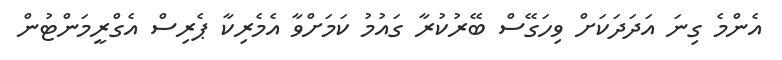
އެންމެ ގިނަ އަދަދަކަށް ވިހަގޭސް ބޭރުކުރާ ގައުމު ކަމަށްވާ އެމެރިކާ ޕެރިސް އެގްރީމަންޓުން